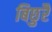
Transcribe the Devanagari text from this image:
बिछुरै